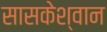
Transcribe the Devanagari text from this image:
सासकेश्वान